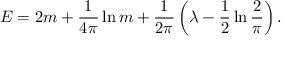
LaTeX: E = 2 m + \frac { 1 } { 4 \pi } \ln m + \frac { 1 } { 2 \pi } \left( \lambda - \frac { 1 } { 2 } \ln \frac { 2 } { \pi } \right) .